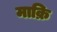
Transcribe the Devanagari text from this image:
माक्रि